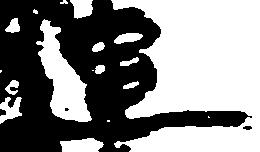
連